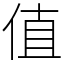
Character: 值